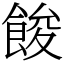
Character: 餕